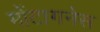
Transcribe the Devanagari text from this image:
मोंटागनेस